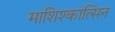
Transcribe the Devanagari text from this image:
माशिश्कात्सिन